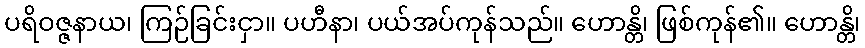
ပရိဝဇ္ဇနာယ၊ ကြဉ်ခြင်းငှာ။ ပဟီနာ၊ ပယ်အပ်ကုန်သည်။ ဟောန္တိ၊ ဖြစ်ကုန်၏။ ဟောန္တိ၊